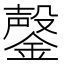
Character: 鏧